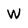
Character: W